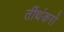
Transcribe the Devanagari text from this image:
र्तीथंकरों